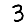
Digit: 3